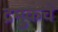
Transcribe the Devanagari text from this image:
द्रमुकचे